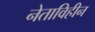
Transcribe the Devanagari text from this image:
नेताविहीन